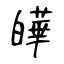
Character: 皣